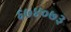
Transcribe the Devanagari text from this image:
६७४०७३